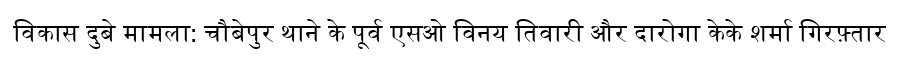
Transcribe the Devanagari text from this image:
विकास दुबे मामला: चौबेपुर थाने के पूर्व एसओ विनय तिवारी और दारोगा केके शर्मा गिरफ़्तार